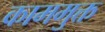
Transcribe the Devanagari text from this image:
काममुक्त